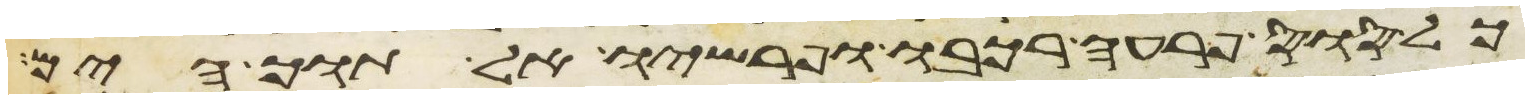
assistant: כל סוס פרעה רכבו ופרשיו אל תוך הים